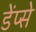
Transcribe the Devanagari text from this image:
डेंप्से